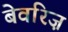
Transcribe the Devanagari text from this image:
बेवरिज़